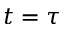
t = \tau